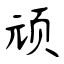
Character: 顽